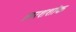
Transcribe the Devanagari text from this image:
तारशशांक